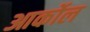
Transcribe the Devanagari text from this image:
आर्कोल